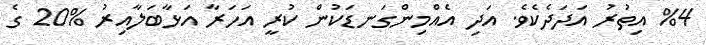
%4 އިތުރު އަދަދެކެވެ. އަދި އެއްމިންގަނޑަކުން ކުރީ އަހަރާ އަޅާބަލާއިރު %20 ގެ